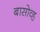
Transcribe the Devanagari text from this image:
बासोव्ह